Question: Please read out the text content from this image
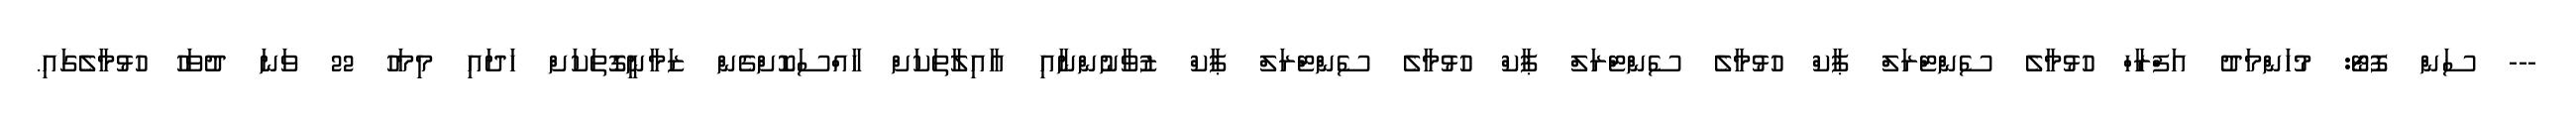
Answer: --- ސަން ފޮޓޯ: މުހަންމަދު އަފްރާހް ހުޅުމާލެ ސެންޓްރަލް ޕާކް ހުޅުމާލެ ސެންޓްރަލް ޕާކް ހުޅުމާލެ ސެންޓްރަލް ޕާކް ޒުވާނުންނާއި އާއިލާތަކަށް ހާއްސަކޮށްގެން ޒަމާނީގޮތަކަށް ހަދައި މިމަހު 22 ވަނަ ދުވަހު ހުޅުމާލެގައި.